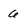
Character: 6